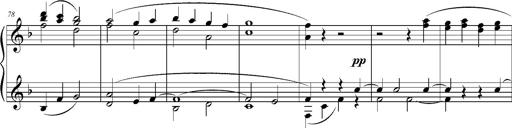
Title: Ave Maria d' Arcadelt
Composer: Franz Liszt